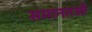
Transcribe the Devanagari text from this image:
समानतओं